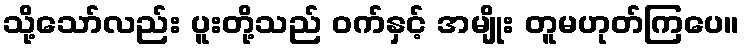
သို့သော်လည်း ပူးတို့သည် ဝက်နှင့် အမျိုး တူမဟုတ်ကြပေ။